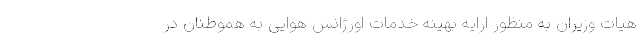
هیات وزیران به منظور ارایه بهینه خدمات اورژانس هوایی به هموطنان در